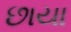
છાયા